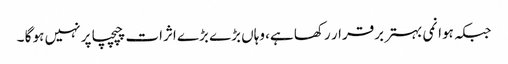
جبکہ ہوا نمی بہتر برقرار رکھا ہے، وہاں بڑے بڑے اثرات چپچپا پر نہیں ہو گا ۔